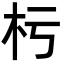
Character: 杇